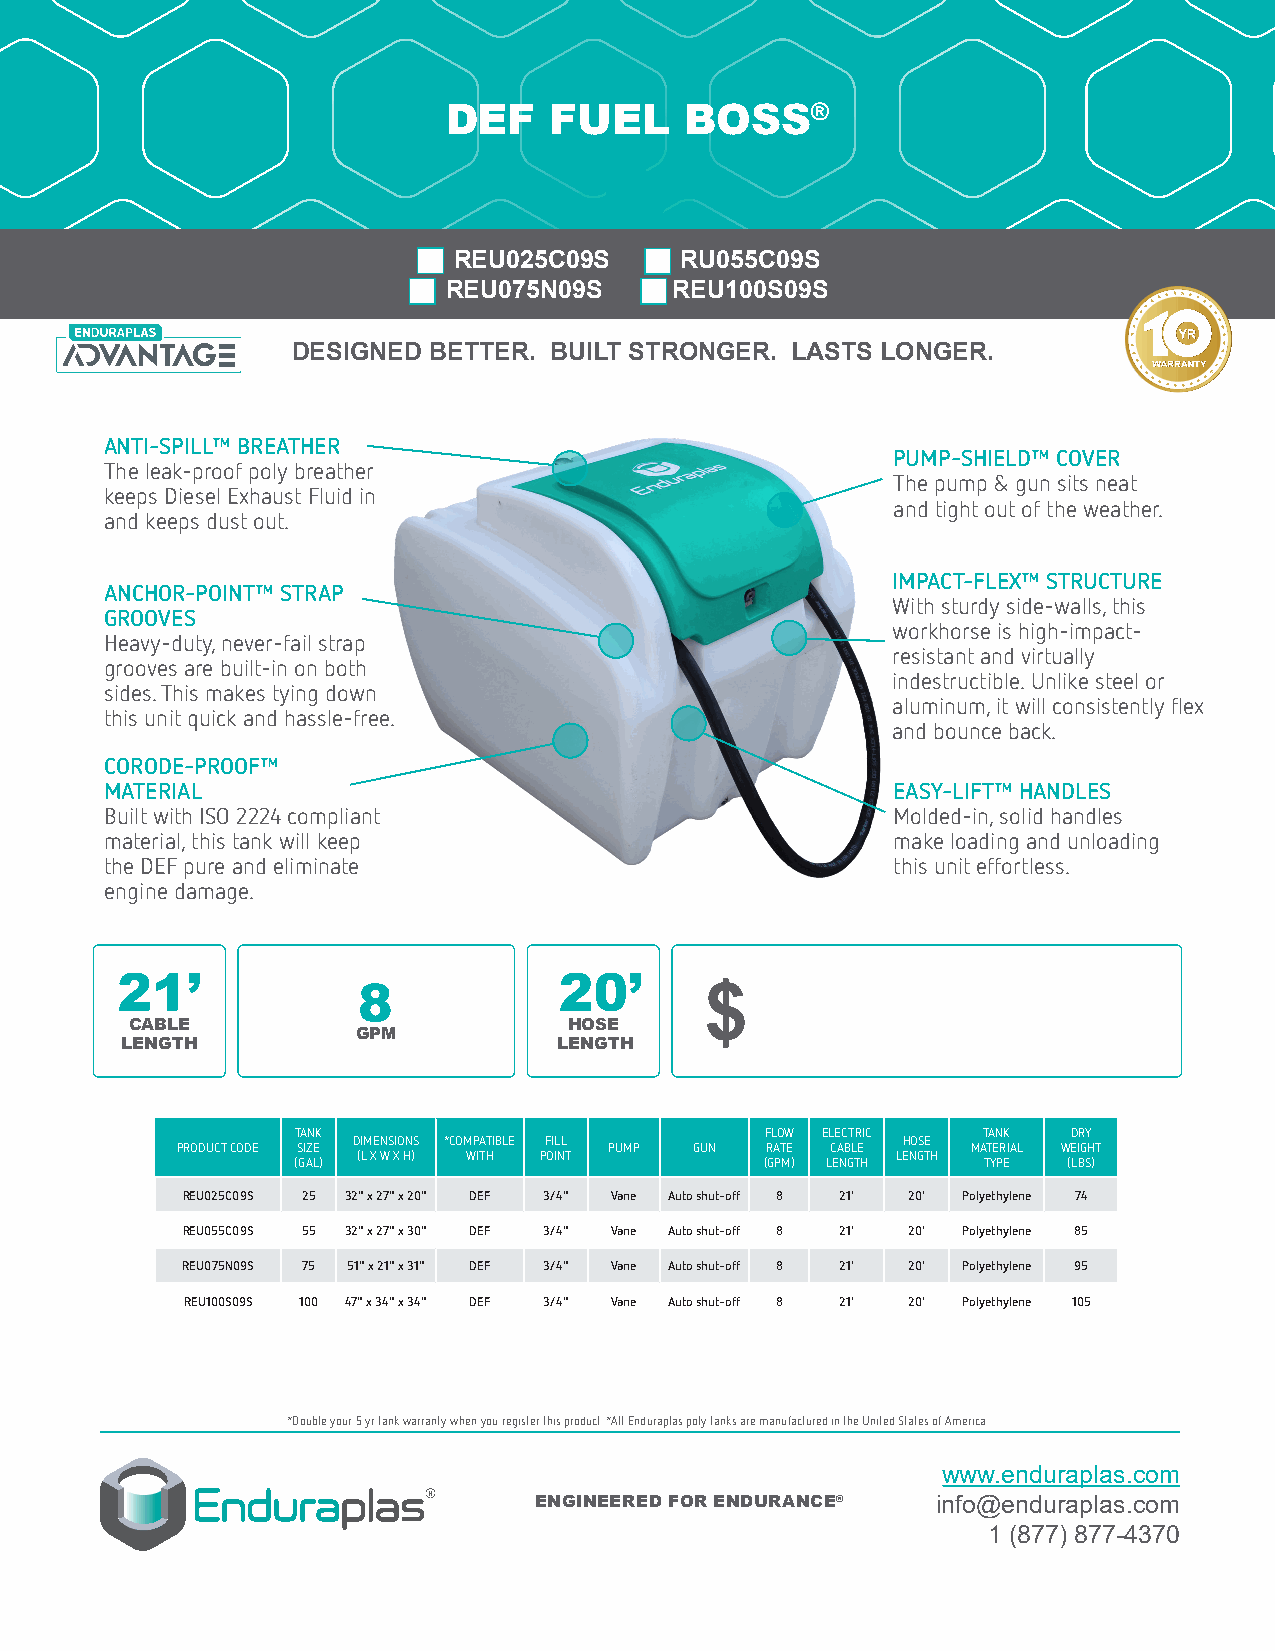
DEF   FUEL     BOSS®
 REU025C09S     RU055C09S
 REU075N09S     REU100S09S
 DESIGNED BETTER. BUILT STRONGER. LASTS LONGER.
 ANTI-SPILL™ BREATHER
 PUMP-SHIELD™ COVER
 The leak-proof poly breather
 The pump & gun sits neat
 keeps Diesel Exhaust Fluid in
 and tight out of the weather.
 and keeps dust out.
 IMPACT-FLEX™ STRUCTURE
 ANCHOR-POINT™ STRAP
 With sturdy side-walls, this
 GROOVES
 workhorse is high-impact-
 Heavy-duty, never-fail strap
 resistant and virtually
 grooves are built-in on both
 indestructible. Unlike steel or
 sides. This makes tying down
 aluminum, it will consistently flex
 this unit quick and hassle-free.
 and bounce back.
 CORODE-PROOF™
 MATERIAL                                            EASY-LIFT™ HANDLES
 Built with ISO 2224 compliant                       Molded-in, solid handles
 material, this tank will keep                       make loading and unloading
 the DEF pure and eliminate                          this unit effortless.
 engine damage.
 21’                          20’
 8                      $
 CABLE                        HOSE
 GPM
 LENGTH                       LENGTH
 TANK                           FLOW ELECTRIC TANK  DRY
 DIMENSIONS *COMPATIBLE FILL          HOSE
 PRODUCT CODE SIZE           PUMP  GUN  RATE CABLE   MATERIAL WEIGHT
 (L X W X H) WITH POINT             LENGTH
 (GAL)                           (GPM) LENGTH  TYPE  (LBS)
 REU025C09S 25 32" x 27" x 20" DEF 3/4" Vane Auto shut-off 8 21' 20' Polyethylene 74
 REU055C09S 55 32" x 27" x 30" DEF 3/4" Vane Auto shut-off 8 21' 20' Polyethylene 85
 REU075N09S 75 51" x 21" x 31" DEF 3/4" Vane Auto shut-off 8 21' 20' Polyethylene 95
 REU100S09S 100 47" x 34" x 34" DEF 3/4" Vane Auto shut-off 8 21' 20' Polyethylene 105
 *Double your 5 yr tank warranty when you register this product. *All Enduraplas poly tanks are manufactured in the United States of America.
 www.enduraplas.com
 ENGINEERED FOR ENDURANCE®  info@enduraplas.com
 1 (877) 877-4370